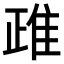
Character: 𨾖